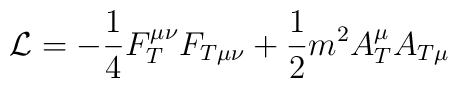
{\cal L}=-\frac 14F_T^{\mu \nu }F_{T\mu \nu }+\frac 12m^2A_T^\mu A_{T\mu }